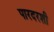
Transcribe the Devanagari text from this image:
पारदरशी